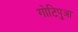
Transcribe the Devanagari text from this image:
गोटिपुआ